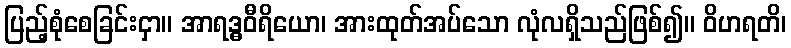
ပြည့်စုံစေခြင်းငှာ။ အာရဒ္ဓဝီရိယော၊ အားထုတ်အပ်သော လုံလရှိသည်ဖြစ်၍။ ဝိဟရတိ၊